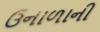
ઉનાળાની